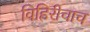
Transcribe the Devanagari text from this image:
विहिरीचाच